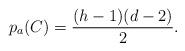
LaTeX: \begin{align*}p_a(C)=\frac{(h-1)(d-2)}{2}.\end{align*}